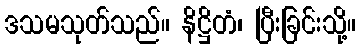
ဒသမသုတ်သည်။ နိဋ္ဌိတံ၊ ပြီးခြင်းသို့။